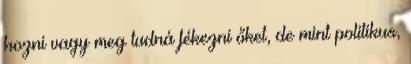
hozni vagy meg tudná fékezni őket, de mint politikus,